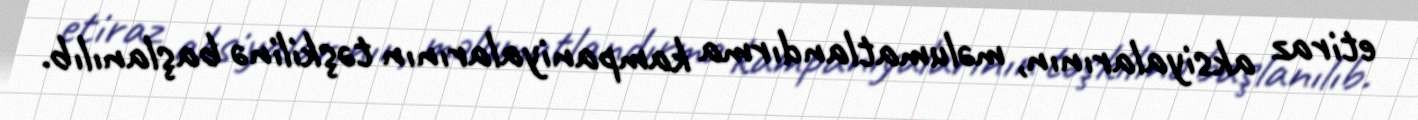
etiraz aksiyalarının, məlumatlandırma kampaniyalarının təşkilinə başlanılıb.